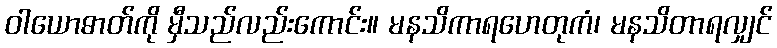
ဝါယောဓာတ်ကို မှီသည်လည်းကောင်း။ မနသိကာရဟေတုကံ၊ မနသိတာရလျှင်